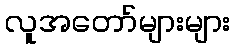
လူအတော်များများ